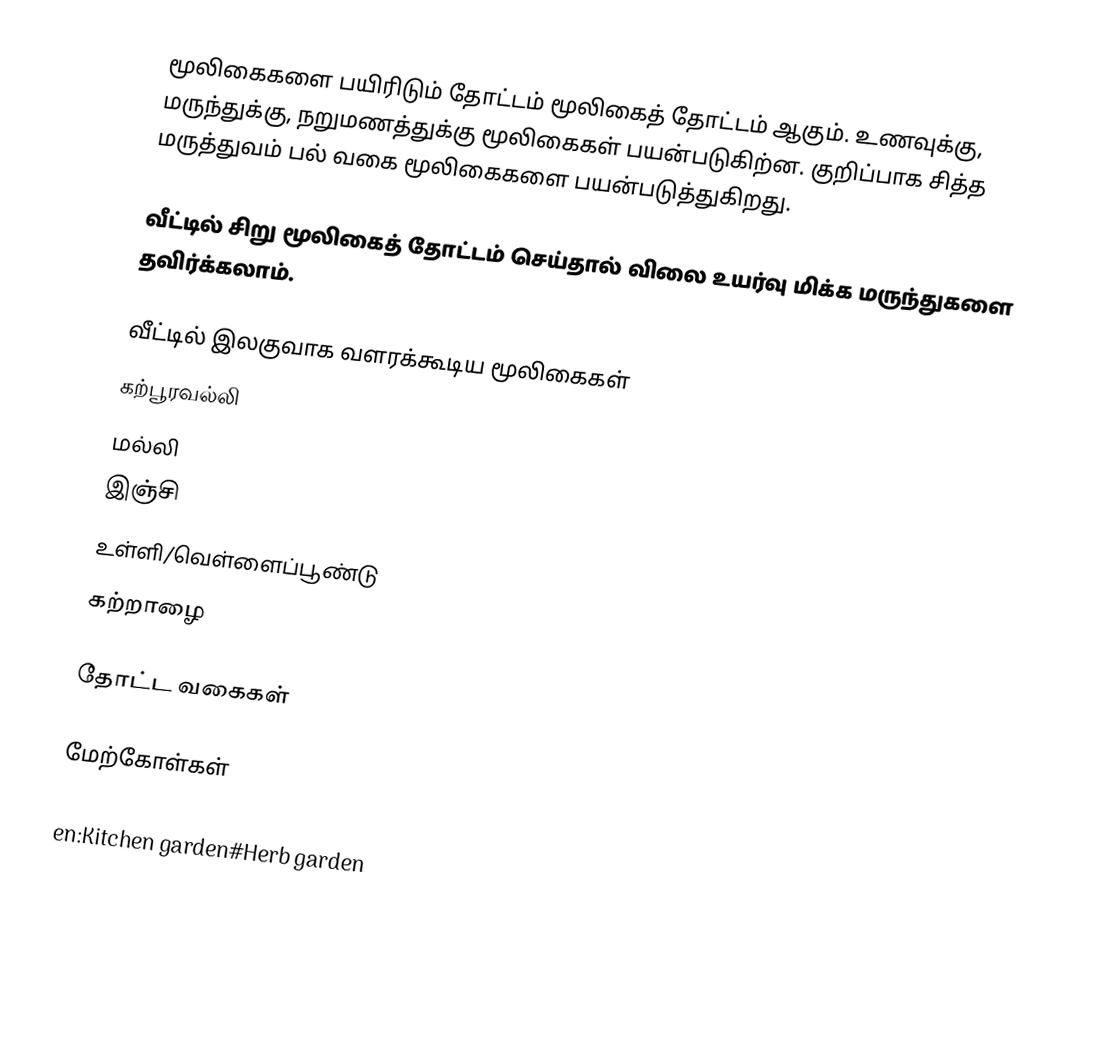
மூலிகைகளை பயிரிடும் தோட்டம் மூலிகைத் தோட்டம் ஆகும்.  உணவுக்கு, மருந்துக்கு, நறுமணத்துக்கு மூலிகைகள் பயன்படுகிற்ன.  குறிப்பாக சித்த மருத்துவம் பல் வகை மூலிகைகளை பயன்படுத்துகிறது.

வீட்டில் சிறு மூலிகைத் தோட்டம் செய்தால் விலை உயர்வு மிக்க மருந்துகளை தவிர்க்கலாம்.

வீட்டில் இலகுவாக வளரக்கூடிய மூலிகைகள்
 கற்பூரவல்லி
 மல்லி
 இஞ்சி
  உள்ளி/வெள்ளைப்பூண்டு
 கற்றாழை

தோட்ட வகைகள்

மேற்கோள்கள்

en:Kitchen garden#Herb garden